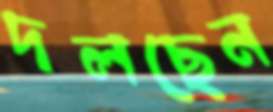
দলছেন